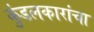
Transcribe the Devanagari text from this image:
कुंडलकारांचा